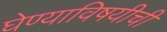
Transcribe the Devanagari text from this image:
घेण्याविषयीची